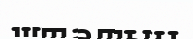
штатын